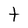
Character: t